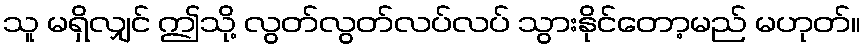
သူ မရှိလျှင် ဤသို့ လွတ်လွတ်လပ်လပ် သွားနိုင်တော့မည် မဟုတ်။